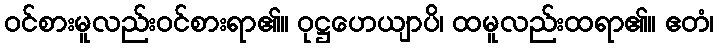
ဝင်စားမူလည်းဝင်စားရာ၏။ ဝုဋ္ဌဟေယျာပိ၊ ထမူလည်းထရာ၏။ ဧတံ၊